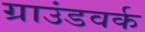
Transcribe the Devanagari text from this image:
ग्राउंडवर्क